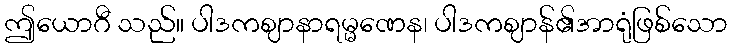
ဤယောဂီ သည်။ ပါဒကဈာနာရမ္မဏေန၊ ပါဒကဈာန်၏အာရုံဖြစ်သော